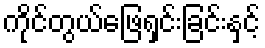
ကိုင်တွယ်ဖြေရှင်းခြင်းနှင့်